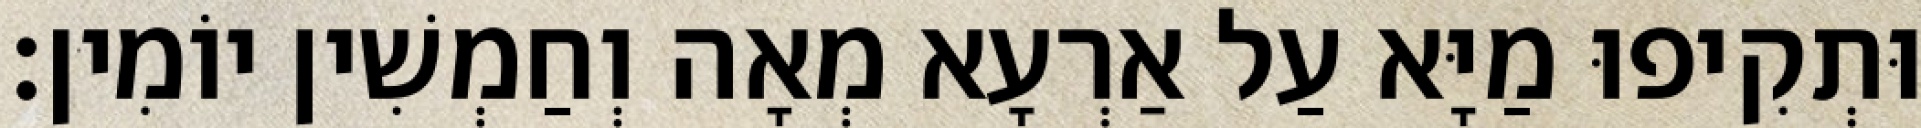
וּתְקִיפוּ מַיָּא עַל אַרְעָא מְאָה וְחַמְשִׁין יוֹמִין׃